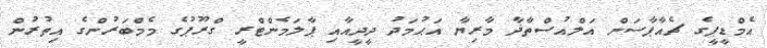
އެމްޑީޕީގެ ޗެއާޕާސަން އަލްއުސްތާޛާ މާރިޔާ އަޙުމަދު ދީދީއާއި ޕާލަމެންޓްރީ ގްރޫޕުގެ މެމްބަރުންގެ އިތުރުން